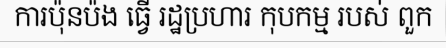
ការប៉ុនប៉ង ធ្វើ រដ្ឋប្រហារ កុបកម្ម របស់ ពួក